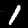
Label: 1